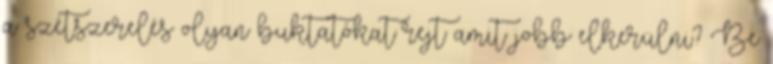
a szétszerelés olyan buktatókat rejt amit jobb elkerülni? Be